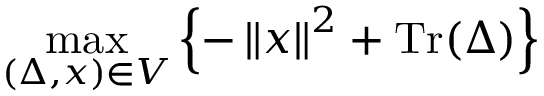
\operatorname* { m a x } _ { ( \Delta , { x } ) \in { V } } \left\{ { - \left\| { x } \right\| ^ { 2 } + \operatorname { T r } ( \Delta ) } \right\}